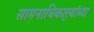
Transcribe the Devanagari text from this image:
सामनाधिकार्‍यांच्या